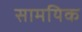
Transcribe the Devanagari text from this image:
सामयिक